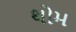
થોમ